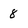
Character: 8